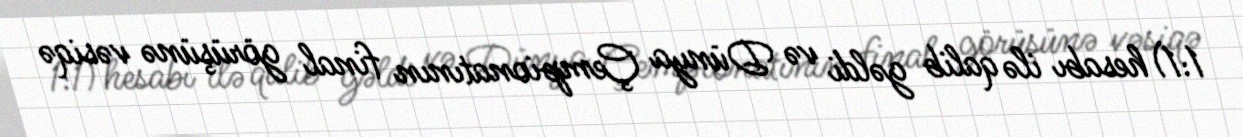
1:1) hesabı ilə qalib gəldi və Dünya Çempionatının final görüşünə vəsiqə